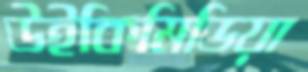
উইকিমিডিয়া